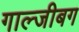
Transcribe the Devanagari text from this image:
गाल्जीबग